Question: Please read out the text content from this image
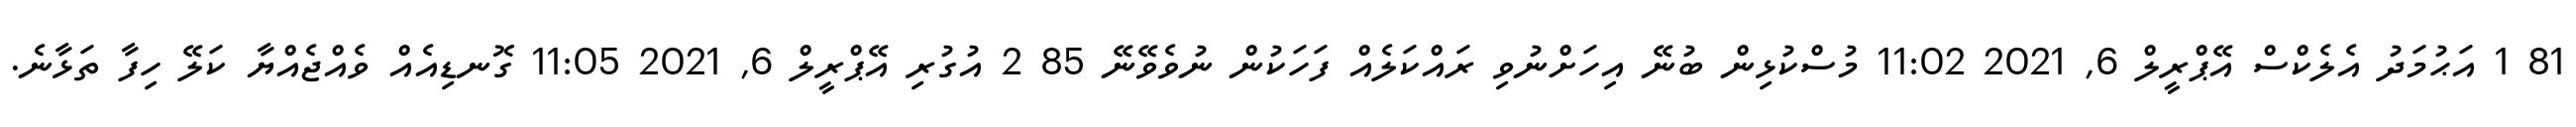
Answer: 81 1 އަޙުމަދު އެލެކްސް އޭޕްރީލް 6, 2021 11:02 މުސްކުޅިން ބުނޭ އިހަށްނުވި ރައްކަލެއް ފަހަކުން ނުވެވޭނޭ 85 2 އުގުރި އޭޕްރީލް 6, 2021 11:05 ގޮނޑިއެއް ވެއްޖެއްޔާ ކަލޭ ހިފާ ތަޅާނެ.